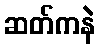
ဆတ်ကနဲ